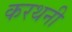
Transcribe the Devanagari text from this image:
करथनी